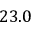
2 3 . 0